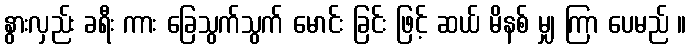
နွားလှည်း ခရီး ကား ခြေသွက်သွက် မောင်း ခြင်း ဖြင့် ဆယ် မိနစ် မျှ ကြာ ပေမည် ။